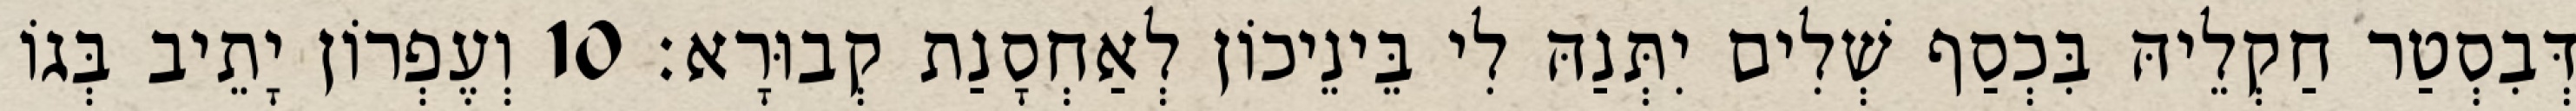
דְּבִסְטַר חַקְלֵיהּ בִּכְסַף שְׁלִים יִתְּנַהּ לִי בֵּינֵיכוֹן לְאַחְסָנַת קְבוּרָא׃ 10 וְעֶפְרוֹן יָתֵיב בְּגוֹ